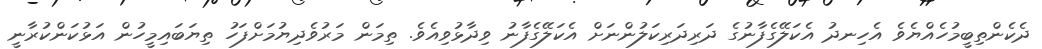
ދެކެންތިބީމުހެއްޔެވެ އެހިނދު އެކަލޭގެފާނުގެ ދަރިދަރިކަލުންނަށް އެކަލޭގެފާނު ވިދާޅުވިއެވެ. ތިމަން މަރުވެދިޔުމަށްފަހު ތިޔަބައިމީހުން އަޅުކަންކުރާނީ